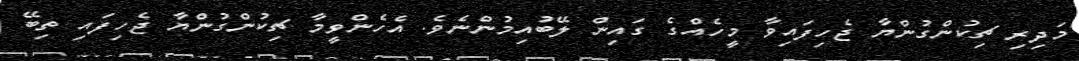
މަދިރި ޗިކުންގުންޔާ ޖެހިފައިވާ މީހެއްގެ ގައިން ލޭބުއިމުންނެވެ. އެހެންވީމާ ޗިކުންގުންޔާ ޖެހިފައި ތިބޭ